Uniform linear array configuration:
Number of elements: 4
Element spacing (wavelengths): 0.5
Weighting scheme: kaiser
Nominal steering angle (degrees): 0
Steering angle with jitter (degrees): -1.942
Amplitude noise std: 0.05
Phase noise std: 0.05

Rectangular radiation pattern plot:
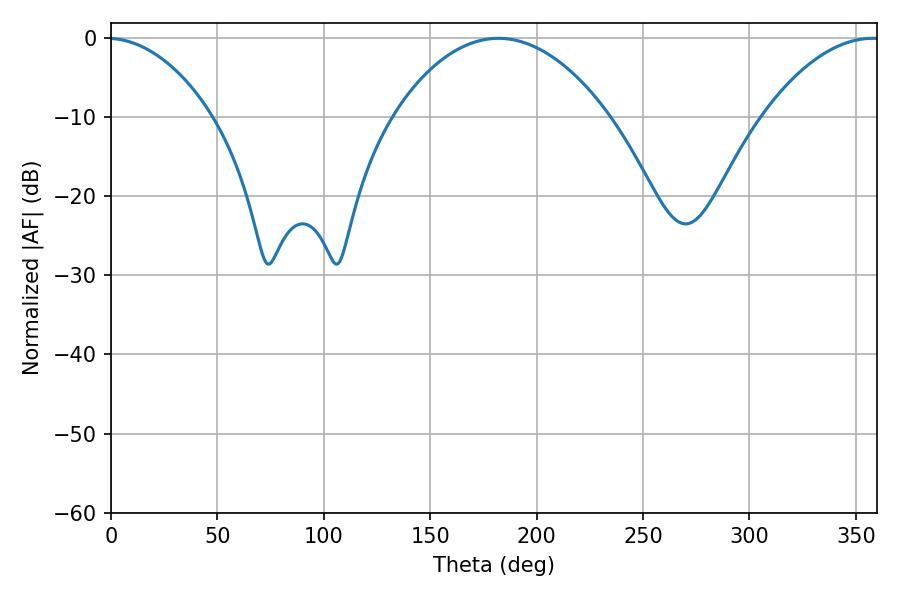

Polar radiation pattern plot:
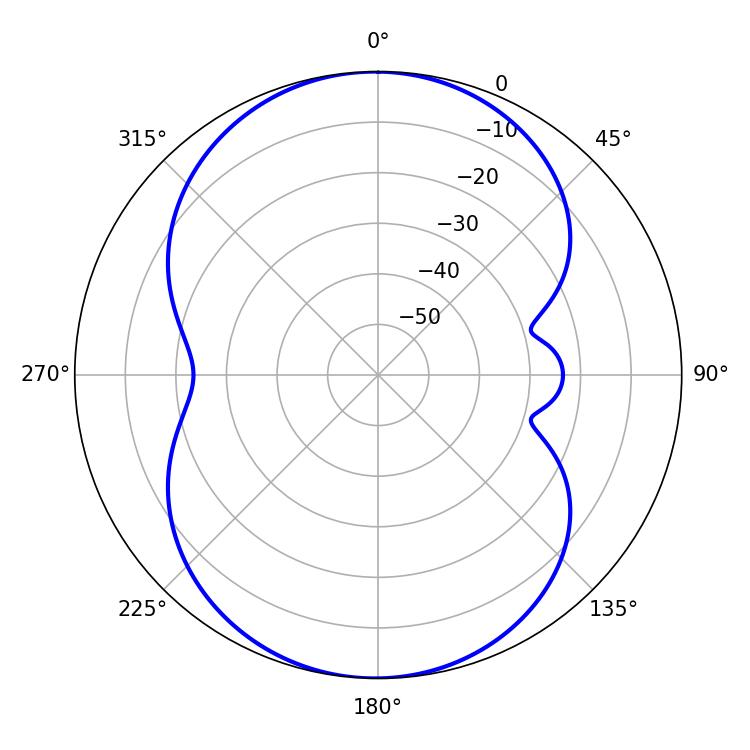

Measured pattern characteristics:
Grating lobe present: FALSE
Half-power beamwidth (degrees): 56.7
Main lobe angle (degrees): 181.98